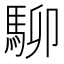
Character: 駠